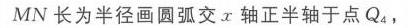
\(MN\)长为半径画圆弧交\(x\)轴正半轴于点\(Q_{4}\)，